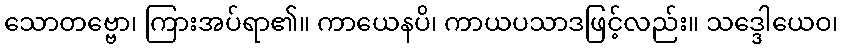
သောတဗ္ဗော၊ ကြားအပ်ရာ၏။ ကာယေနပိ၊ ကာယပသာဒဖြင့်လည်း။ သဒ္ဒေါယေဝ၊